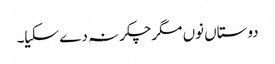
دوستاں نوں مگرچکر نہ دے سکیا۔